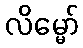
လိမ္မော်